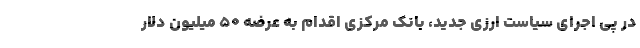
در پی اجرای سیاست ارزی جدید، بانک مرکزی اقدام به عرضه ۵۰ میلیون دلار